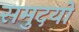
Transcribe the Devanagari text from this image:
समुदयों